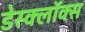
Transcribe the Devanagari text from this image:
डेस्क्लॉक्स